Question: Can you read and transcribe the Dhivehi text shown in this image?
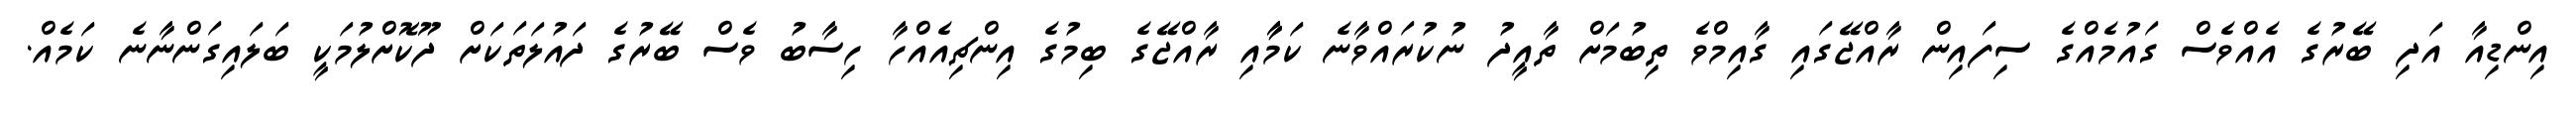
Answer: އިންޑިއާ އަދި ބޭރުގެ އެއްވެސް ގައުމެއްގެ ސިފައިން ރާއްޖޭގައި ގާއިމްވެ ތިބުމަށް ތާއީދު ނުކުރައްވާނެ ކަމާާއި ރާއްޖޭގެ ބިމުގެ އިންޗިއެއްހާ ހިސާބު ވެސް ބޭރުގެ ދައުލަތަކަށް ދޫކޮށްލުމަކީ ބަލައިގަންނާނެ ކަމެއް.